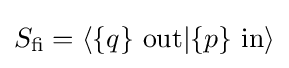
S_{\rm {fi}}=\langle \{q\}\ \mathrm {out} |\{p\}\ \mathrm {in} \rangle